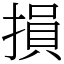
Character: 損